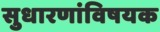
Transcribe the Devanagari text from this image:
सुधारणांविषयक